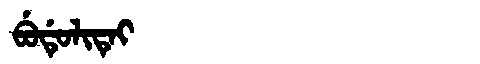
Manchu: ᠪᡠᡩᡠᠯᡳᡨᡝᡳ
Romanization: BUDULITEI